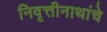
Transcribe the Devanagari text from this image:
निवृत्तीनाथांचे